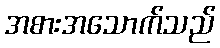
အစားအသောက်သည်